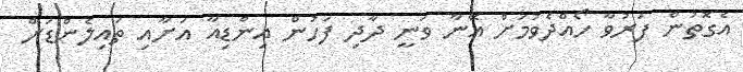
އެގޮތުން ފަރުވާ ހޯއްދެވުމަށް އޭނާ ވަނީ ދާދި ފަހުން އިންޑިއާ އަށާއި ތައިލެންޑަށް